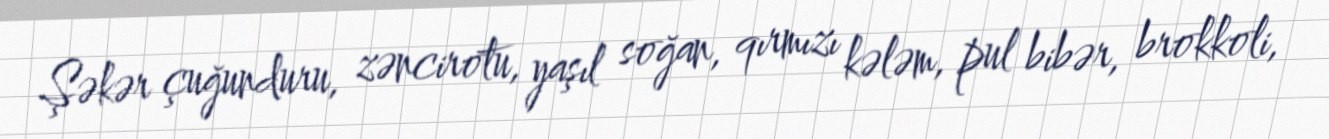
Şəkər çuğunduru, zəncirotu, yaşıl soğan, qırmızı kələm, pul bibər, brokkoli,